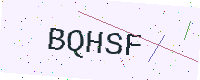
Text: BQHSF